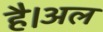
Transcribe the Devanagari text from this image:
है।अल